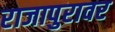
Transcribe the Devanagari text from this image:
राजापुरावर